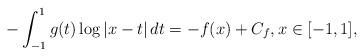
LaTeX: \begin{align*}- \int_{-1}^1 g(t) \log|x-t|\,dt = -f(x) + C_f,x\in [-1,1],\end{align*}